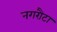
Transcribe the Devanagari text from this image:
नगरौटा